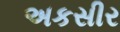
અકસીર